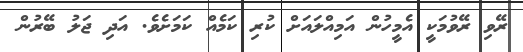
ރޭވި ރޭވުމަކީ އެމީހުން އަމިއްލައަށް ކުރި ކަމެއް ކަމަށެވެ. އަދި ޖަލު ބޭރުން